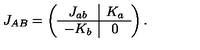
J _ { A B } = \left( \begin{array} { c | c } { J _ { a b } } & { K _ { a } } \\ \hline { - K _ { b } } & { 0 } \\ \end{array} \right) .